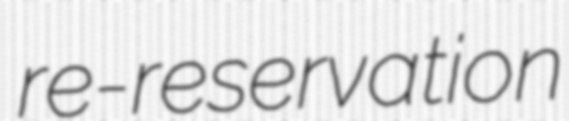
re-reservation